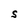
Character: S